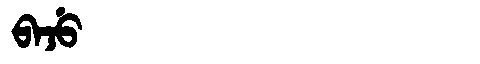
Manchu: ᠪᠠᠵᡠ
Romanization: BAJU